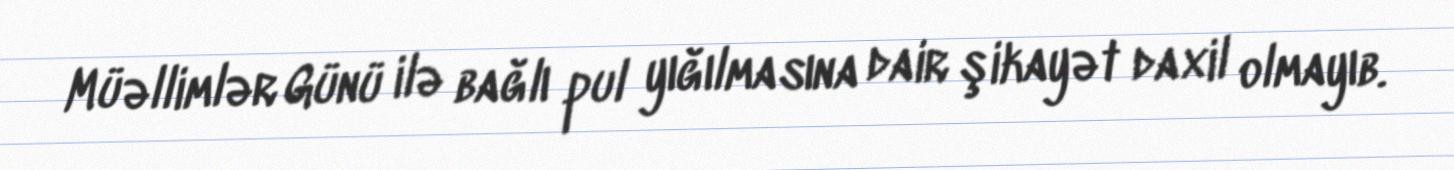
Müəllimlər Günü ilə bağlı pul yığılmasına dair şikayət daxil olmayıb.